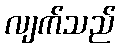
လျက်သည်